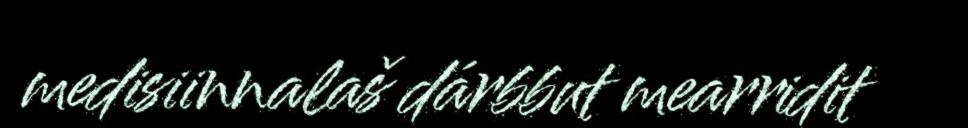
medisiinnalaš dárbbut mearridit